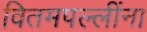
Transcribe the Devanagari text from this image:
वितमपल्लींना